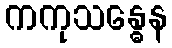
ကကုသန္ဓေန